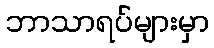
ဘာသာရပ်များမှာ